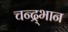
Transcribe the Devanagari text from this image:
चन्द्र्भान